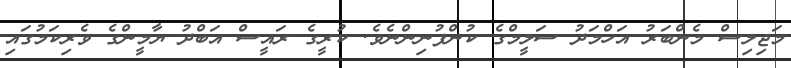
މަޖިލިސް މެންބަރު އަހްމަދު ސަލީމްގެ ކުންފުނިންނެވެ. ކުރީގެ ރައީސް އަބްދު ޔާމީންގެ ވެރިކަމުގައި